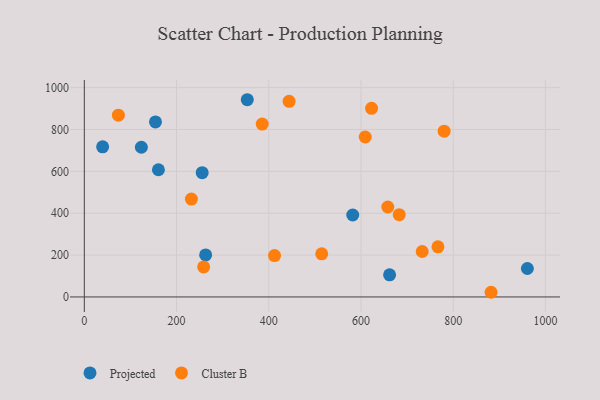
{"axis": {"x": "Price", "y": "Rating"}, "legend": ["Cluster B", "Projected"], "data": [{"x": "960.8", "y": 135.8, "type": "Projected"}, {"x": "263.1", "y": 200.6, "type": "Projected"}, {"x": "39.7", "y": 717.3, "type": "Projected"}, {"x": "123.7", "y": 715.1, "type": "Projected"}, {"x": "255.6", "y": 593.6, "type": "Projected"}, {"x": "662.0", "y": 105.8, "type": "Projected"}, {"x": "154.3", "y": 836.0, "type": "Projected"}, {"x": "160.7", "y": 607.6, "type": "Projected"}, {"x": "353.4", "y": 942.2, "type": "Projected"}, {"x": "582.1", "y": 391.4, "type": "Projected"}, {"x": "385.8", "y": 826.0, "type": "Cluster B"}, {"x": "73.9", "y": 868.2, "type": "Cluster B"}, {"x": "766.9", "y": 239.6, "type": "Cluster B"}, {"x": "682.9", "y": 392.9, "type": "Cluster B"}, {"x": "780.3", "y": 791.9, "type": "Cluster B"}, {"x": "658.1", "y": 429.6, "type": "Cluster B"}, {"x": "622.9", "y": 900.9, "type": "Cluster B"}, {"x": "882.1", "y": 22.3, "type": "Cluster B"}, {"x": "444.1", "y": 934.4, "type": "Cluster B"}, {"x": "609.2", "y": 764.2, "type": "Cluster B"}, {"x": "258.8", "y": 143.4, "type": "Cluster B"}, {"x": "412.5", "y": 197.5, "type": "Cluster B"}, {"x": "514.8", "y": 206.1, "type": "Cluster B"}, {"x": "232.2", "y": 467.4, "type": "Cluster B"}, {"x": "732.7", "y": 217.2, "type": "Cluster B"}]}